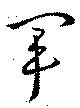
軍